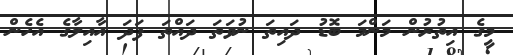
މީގެ އިތުރުން މަންމަ ބޮޑު ދައިތަ ނުވަތަ ދައްތަ ފަދަ އާއިލާގެ އެހެން